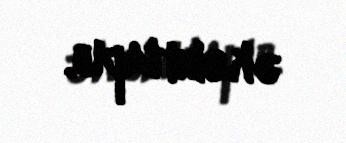
əksini tapıb.